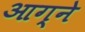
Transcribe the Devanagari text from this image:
आग्ने